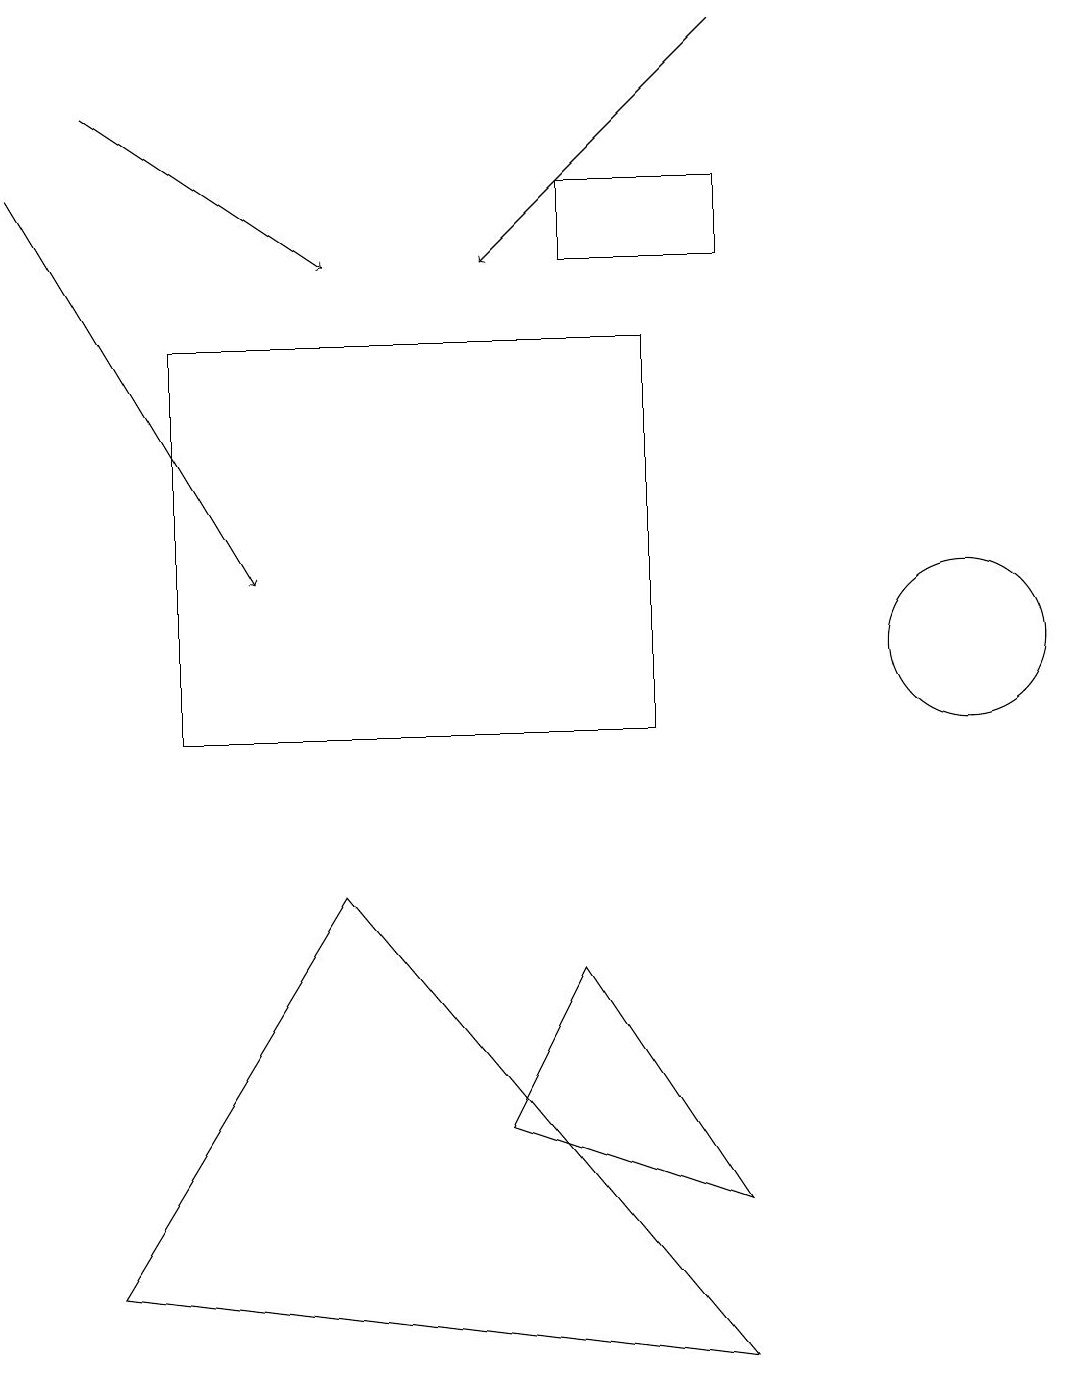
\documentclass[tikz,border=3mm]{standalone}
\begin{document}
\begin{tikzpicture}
\draw[->] (9,19) -- (6,16);
\draw (7,7) -- (6,5) -- (9,4) -- cycle;
\draw (2,15) rectangle (8,10);
\draw[->] (1,18) -- (4,16);
\draw (4,8) -- (9,2) -- (1,3) -- cycle;
\draw (12,11) circle (1);
\draw (7,16) rectangle (9,17);
\draw[->] (0,17) -- (3,12);
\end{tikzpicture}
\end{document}